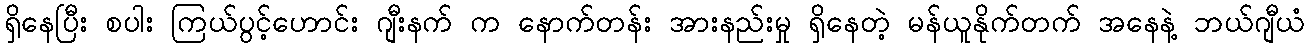
ရှိနေပြီး စပါး ကြယ်ပွင့်ဟောင်း ဂျီးနက် က နောက်တန်း အားနည်းမှု ရှိနေတဲ့ မန်ယူနိုက်တက် အနေနဲ့ ဘယ်ဂျီယံ